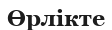
Өрлікте